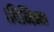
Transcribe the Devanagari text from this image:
।विभिन्न